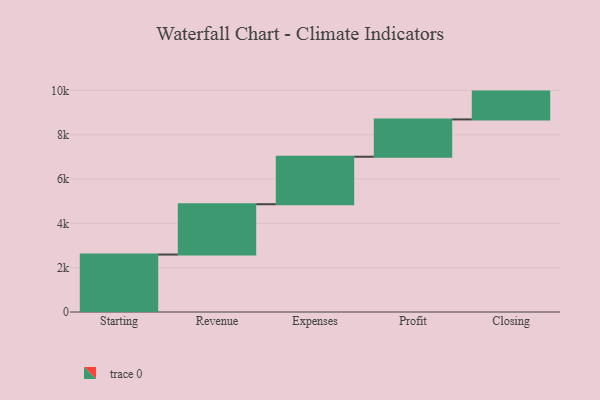
{"axis": {"x": "Step", "y": "Value"}, "legend": [""], "data": [{"x": "Starting", "y": 2593.0, "type": ""}, {"x": "Revenue", "y": 2271.0, "type": ""}, {"x": "Expenses", "y": 2143.0, "type": ""}, {"x": "Profit", "y": 1684.0, "type": ""}, {"x": "Closing", "y": 1255.0, "type": ""}]}